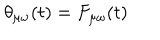
LaTeX: \theta _ { \mu \omega } ( t ) = F _ { \mu \omega } ( t )